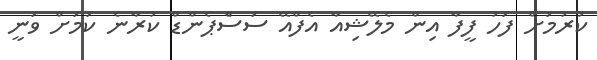
ކުރުމަށް ފަހު ފީފާ އިން މެލޭޝިއާ އެފްއޭ ސަސްެޕެންޑް ކުރާނެ ކަމަށް ވަނީ